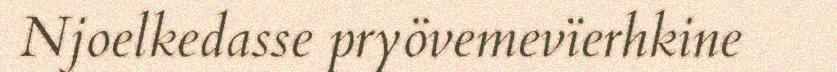
Njoelkedasse pryövemevïerhkine